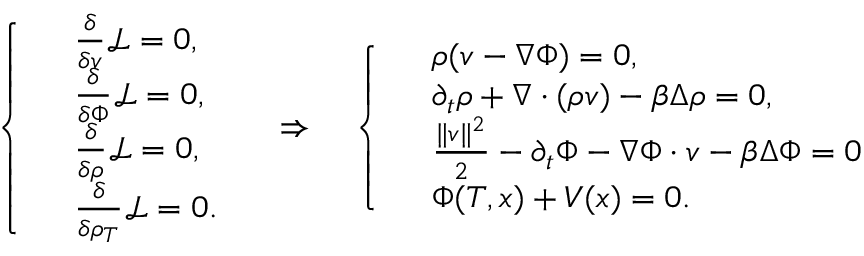
\left\{ \begin{array} { r l } & { \frac { \delta } { \delta v } \mathcal { L } = 0 , } \\ & { \frac { \delta } { \delta \Phi } \mathcal { L } = 0 , } \\ & { \frac { \delta } { \delta \rho } \mathcal { L } = 0 , } \\ & { \frac { \delta } { \delta \rho _ { T } } \mathcal { L } = 0 . } \end{array} \right. \quad \Rightarrow \quad \left\{ \begin{array} { r l } & { \rho ( v - \nabla \Phi ) = 0 , } \\ & { \partial _ { t } \rho + \nabla \cdot ( \rho v ) - \beta \Delta \rho = 0 , } \\ & { \frac { \| v \| ^ { 2 } } { 2 } - \partial _ { t } \Phi - \nabla \Phi \cdot v - \beta \Delta \Phi = 0 } \\ & { \Phi ( T , x ) + V ( x ) = 0 . } \end{array} \right.